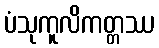
ပံသုကူလိကတ္တဿ